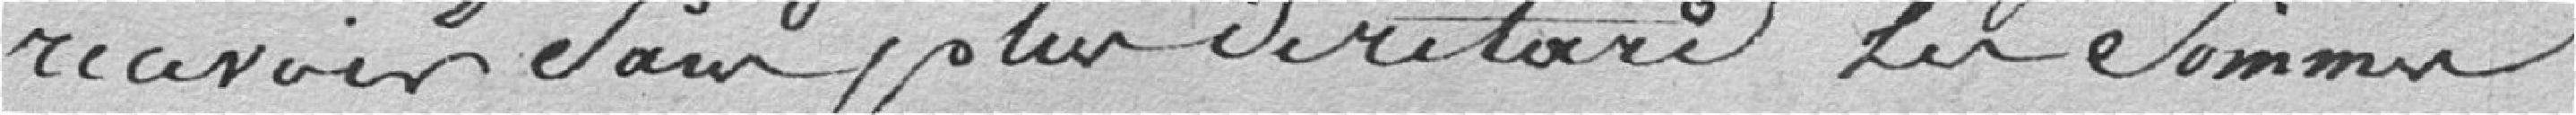
recevoir sans plus de retard, les sommes